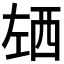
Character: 𰏌